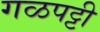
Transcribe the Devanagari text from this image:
गळपट्टी